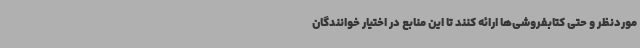
موردنظر و حتی کتابفروشی‌ها ارائه کنند تا این منابع در اختیار خوانندگان